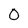
Character: O